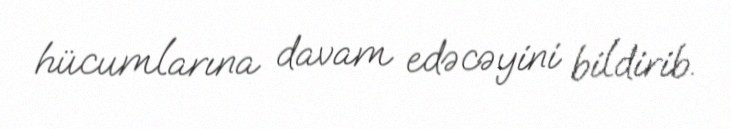
hücumlarına davam edəcəyini bildirib.